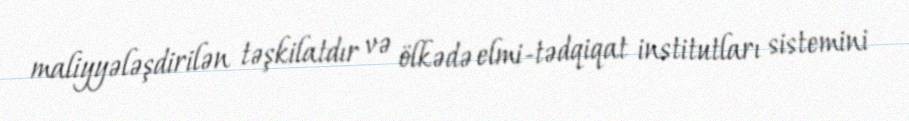
maliyyələşdirilən təşkilatdır və ölkədə elmi-tədqiqat institutları sistemini